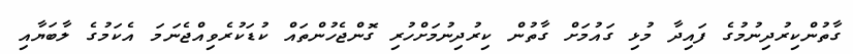
ގާތުންކިރުދިނުމުގެ ފައިދާ މުޅި ގައުމަށް ގާތުން ކިރުދިނުމަށްހުރި ގޮންޖެހުންތައް ކުޑަކުރެވިއްޖެނަމަ އެކަމުގެ ލާބަޔާއި